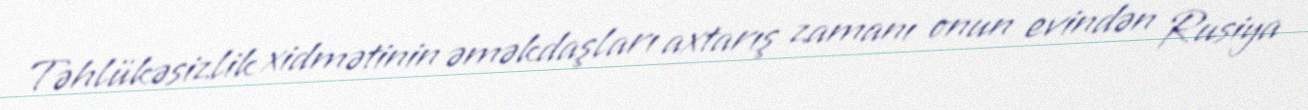
Təhlükəsizlik xidmətinin əməkdaşları axtarış zamanı onun evindən Rusiya